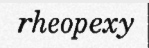
rheopexy